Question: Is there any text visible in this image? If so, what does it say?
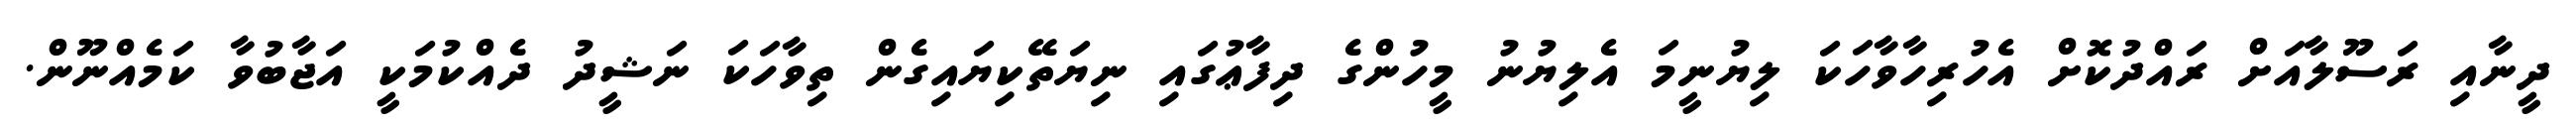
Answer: ދީނާއި ރަސޫލާއަށް ރައްދުކޮށް އެހުރިހާވާހަކަ ލިޔުނީމަ އެލިޔުނު މީހުންގެ ދިފާޢުގައި ނިޔަތޭކިޔައިގެން ތިވާހަކަ ނަޝީދު ދެއްކުމަކީ އަޖާބުވާ ކަމެއްނޫން.